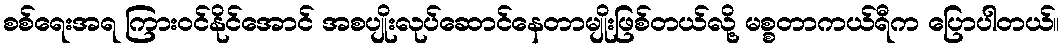
စစ်ရေးအရ ကြားဝင်နိုင်အောင် အစပျိုးလုပ်ဆောင်နေတာမျိုးဖြစ်တယ်လို့ မစ္စတာကယ်ရီက ပြောပါတယ်။